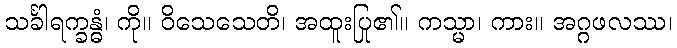
သင်္ခါရက္ခန္ဓံ၊ ကို။ ဝိသေသေတိ၊ အထူးပြု၏။ ကသ္မာ၊ ကား။ အဂ္ဂဖလဿ၊